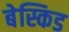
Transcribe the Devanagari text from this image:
बेस्किड